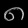
Digit: ၈